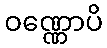
ဝဏ္ဏောပိ